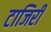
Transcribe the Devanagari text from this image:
टाजिरी